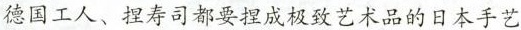
德国工人、捏寿司都要捏成极致艺术品的日本手艺